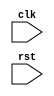
module for_loop_example(
    input wire clk,
    input wire rst
);

reg [3:0] counter;

always @(posedge clk or posedge rst) begin
    if (rst) begin
        counter <= 0;
    end else begin
        for (counter = 0; counter < 8; counter = counter + 1) begin
            // Your code block or statement to be executed for each iteration
        end
    end
end

endmodule